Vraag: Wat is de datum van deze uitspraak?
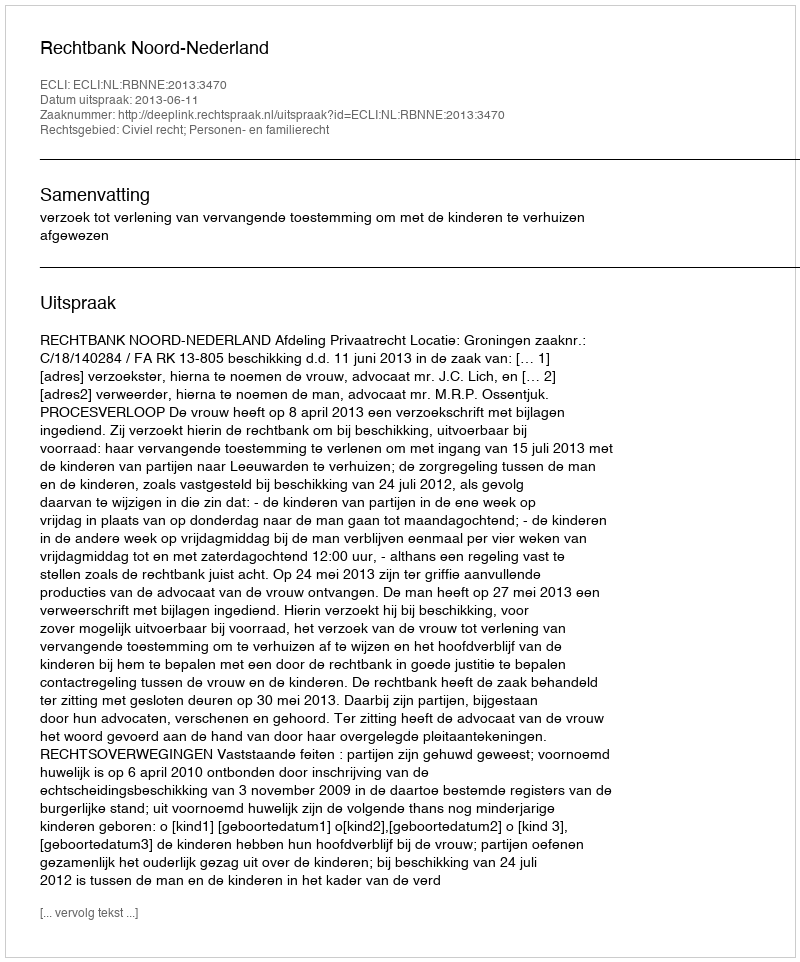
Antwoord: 2013-06-11